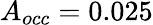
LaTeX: A_{occ}=0.025